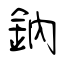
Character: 鈉